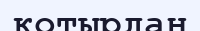
қотырдан